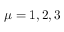
\mu = 1 , 2 , 3